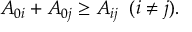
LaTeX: A _ { 0 i } + A _ { 0 j } \geq A _ { i j } \; \; ( i \neq j ) .